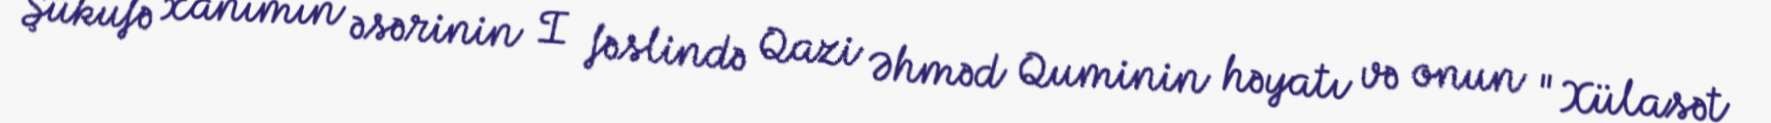
Şükufə xanımın əsərinin I fəslində Qazi Əhməd Quminin həyatı və onun "Xülasət